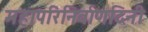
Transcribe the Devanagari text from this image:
महापरिनिर्वाणदिनी